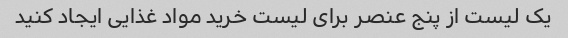
یک لیست از پنج عنصر برای لیست خرید مواد غذایی ایجاد کنید